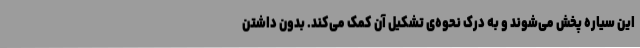
این سیاره پخش می‌شوند و به درک نحوه‌ی تشکیل آن کمک می‌کند. بدون داشتن